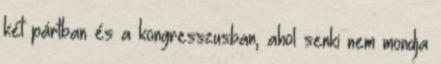
két pártban és a kongresszusban, ahol senki nem mondja